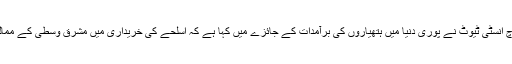
اسٹاک ہوم انٹرنیشنل پیس ریسرچ انسٹی ٹیوٹ نے پوری دنیا میں ہتھیاروں کی برآمدات کے جائزے میں کہا ہے کہ اسلحے کی خریداری میں مشرق وسطی کے ممالک اور ایشیا سب سے آگے ہیں۔